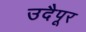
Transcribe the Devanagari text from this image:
उदैपूर